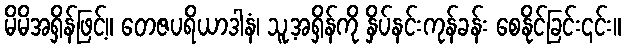
မိမိအရှိန်ဖြင့်။ တေဇပရိယာဒါနံ၊ သူ့အရှိန်ကို နှိပ်နင်းကုန်ခန်း စေနိုင်ခြင်း၎င်း။